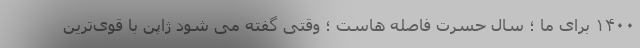
۱۴۰۰ برای ما ؛ سال حسرت فاصله هاست ؛ وقتی گفته می شود ژاپن با قوی‌ترین